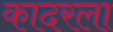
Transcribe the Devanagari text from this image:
कादरला